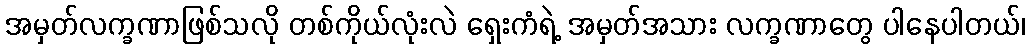
အမှတ်လက္ခဏာဖြစ်သလို တစ်ကိုယ်လုံးလဲ ရှေးကံရဲ့ အမှတ်အသား လက္ခဏာတွေ ပါနေပါတယ်၊